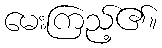
မေးကြည့်၏။